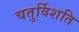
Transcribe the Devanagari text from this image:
चतुर्विशति